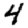
Digit: 4